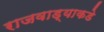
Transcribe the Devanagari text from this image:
राजवाड्याकडे